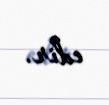
edir.